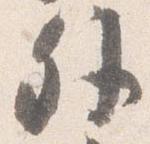
外